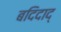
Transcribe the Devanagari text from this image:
बदिदाद्